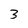
Character: 3